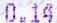
0.14